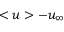
< u > - u _ { \infty }